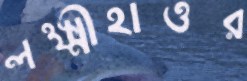
লক্ষ্মীহাওর